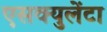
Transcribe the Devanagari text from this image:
एसक्युलेंटा